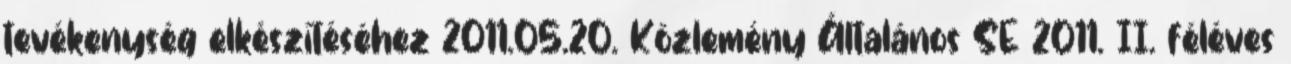
tevékenység elkészítéséhez 2011.05.20. Közlemény Általános SE 2011. II. féléves